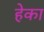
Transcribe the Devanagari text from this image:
हेका